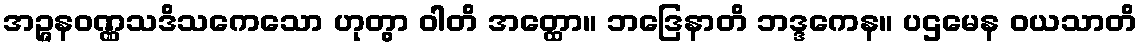
အဉ္ဇနဝဏ္ဏသဒိသကေသော ဟုတွာ ဝါတိ အတ္ထော။ ဘဒြေနာတိ ဘဒ္ဒကေန။ ပဌမေန ဝယသာတိ